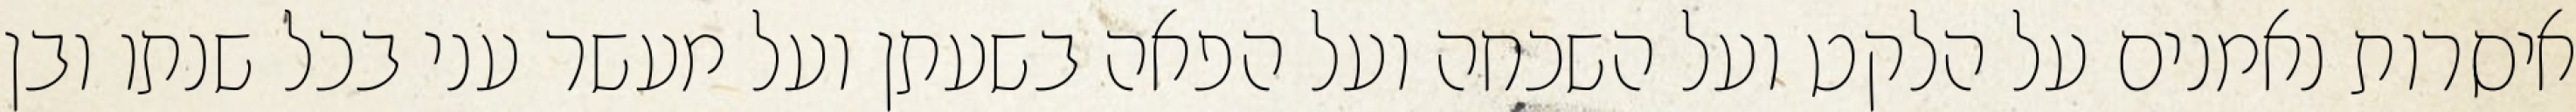
איסרות נאמנים על הלקט ועל השכחה ועל הפאה בשעתן ועל מעשר עני בכל שנתו ובן